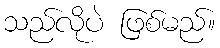
သည်လိုပဲ ဖြစ်မည်။